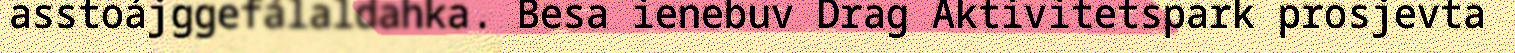
asstoájggefálaldahka. Besa ienebuv Drag Aktivitetspark prosjevta